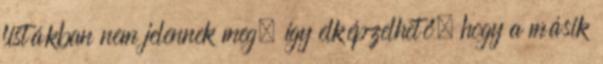
listákban nem jelennek meg, így elképzelhető, hogy a másik